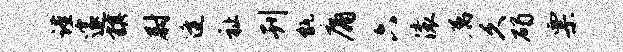
谨邃旗尉逄祉刊甑庸六滚属久碣票